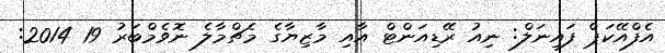
އެފްއޭކަޕް ފައިނަލް: ނިއު ރޭޑިއަންޓް އާއި މާޒިޔާގެ މެޗްމާލެ ނޮވެމްބަރު 19 2014: